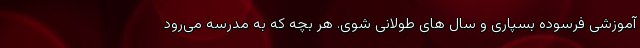
آموزشی فرسوده بسپاری و سال های طولانی شوی. هر بچه که به مدرسه می‌رود